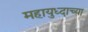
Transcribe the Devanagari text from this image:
महायुध्दाच्या